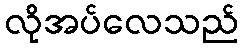
လိုအပ်လေသည်